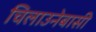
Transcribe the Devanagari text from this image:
चिलाउनेबासी